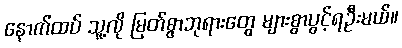
နောက်ထပ် သူ့လို မြတ်စွာဘုရားတွေ များစွာပွင့်ရဦးမယ်။